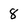
Character: 8